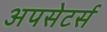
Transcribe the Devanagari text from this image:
अपसेटर्स